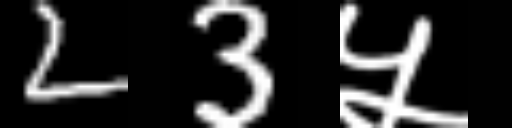
Text: 23५